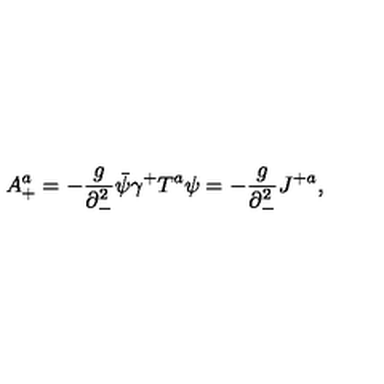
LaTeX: A _ { + } ^ { a } = - { \frac { g } { \partial _ { - } ^ { 2 } } } \bar { \psi } \gamma ^ { + } T ^ { a } \psi = - { \frac { g } { \partial _ { - } ^ { 2 } } } J ^ { + a } ,